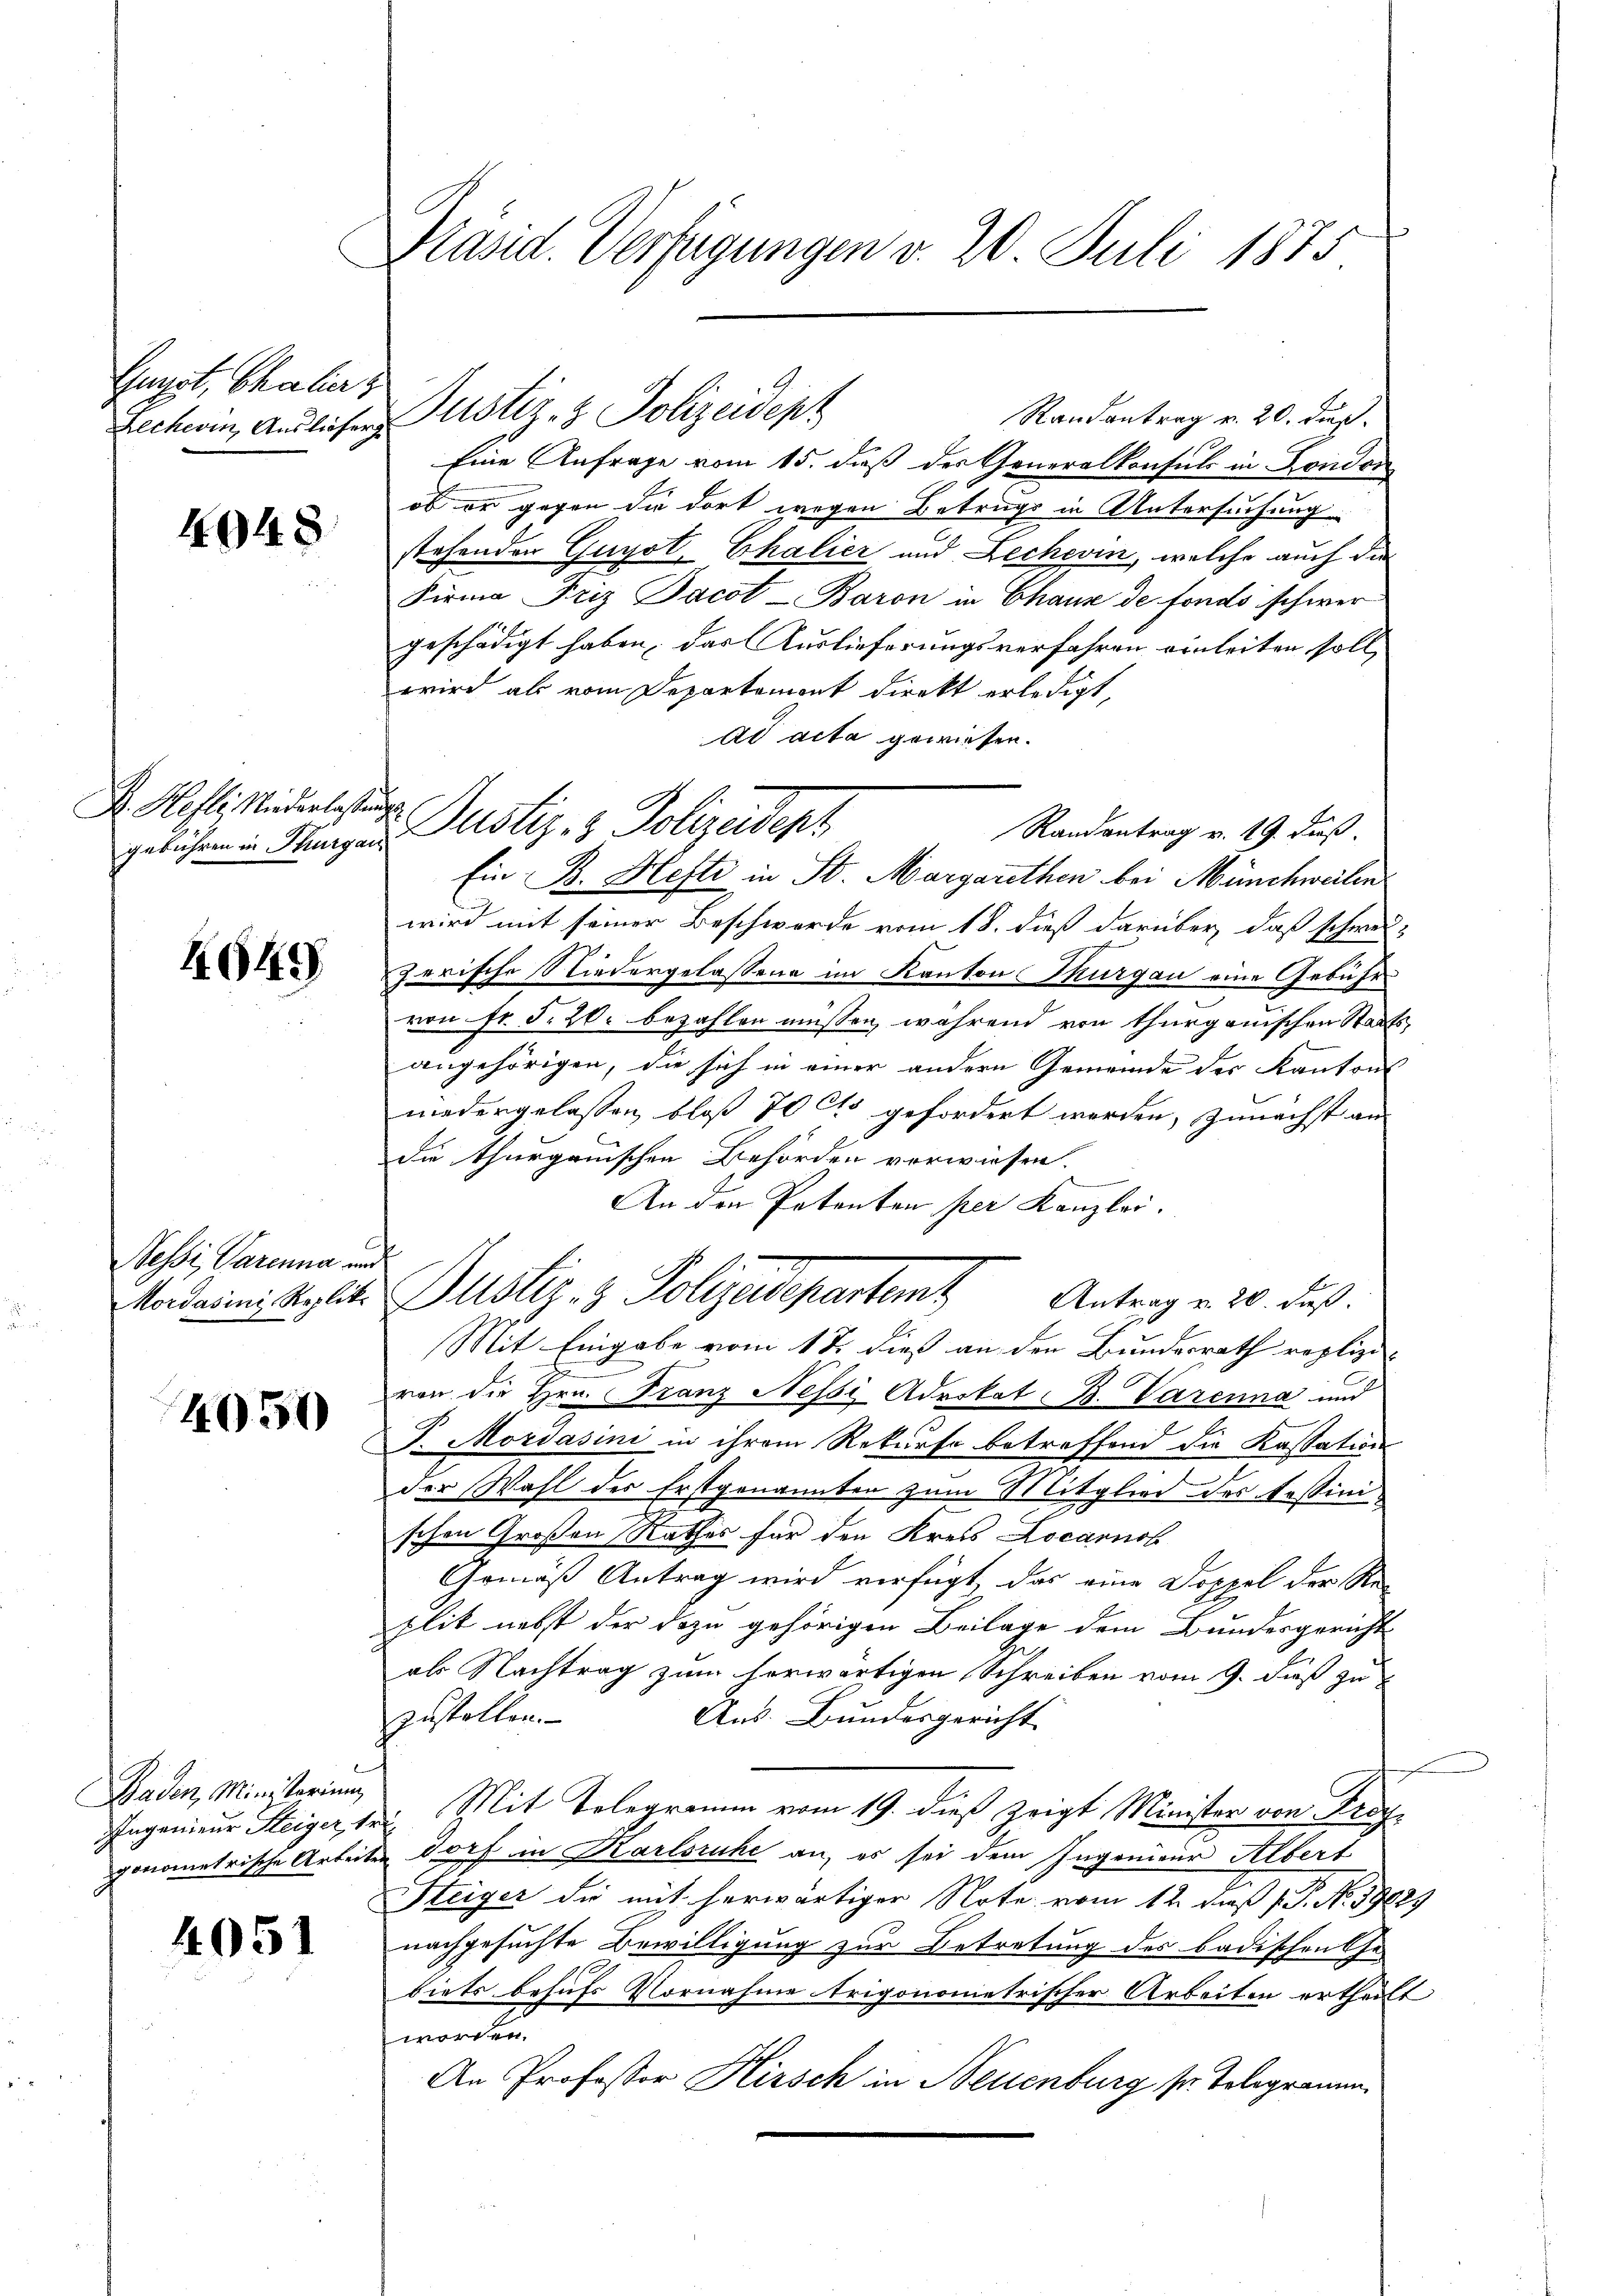
Gunst, Chalia z

4048

F. Hefli, Niederlassen
gebühren in Thurgau

464

Nessi, Parenna an
Mordasini, Replit.

4050

Baden, Ministerium
Ingenieur Steiger, 1.
gonometrische Arbei-

4051

Präsid. Verfügungen v. 20 Juli 1875

Randantrag v. 20. dieß.
Eine Anfrage vom 15. daß der Generalkonsuls in Fondon
ob er gegen die dort wegen Betrugs in Untersuchung
stehenden Guyot, Chalier und Lechevin, welche auch die
Firma Friz Jacot - Baron in Chaux de fonds schwer
geschädigt haben, das Auslieferungsverfahren einleiten soll,
wird als vom Departement direkt erledigt,
ad acta gewiesen.
Randantrag v. 19. daß
Ein B. Hefte in St. Margarethen bei Münchweilen
wird mit seiner Beschwerde vom 18. dieß darüber, daß schwei-
zerische Niedergelassen im Kantons Thurgau eine Gebühr
von Fr. S. 20. bezahlen müssen, während von thurgauischen Staatsangehörigen, die sich in einer andern Gemeinde des Kantons
niedergelassen, bloß 70 Cts gefordert werden, zunächst an
die thurgauischen Behörden vorwiesen.
An den Petenten per Kanzlei.
Justiz- & Polizedepartent Antragen 20. Fuß.
Mit Eingabe vom 12. dieß an den Bundesrath replizi-
von die Hrn. Franz Nessi Advokat B. Varenna und
J. Mordasini in ihrem Rekurse betreffend die Kassation
der Wahl der Erstgenannten zum Mitglied des Tessini
d
schen Großen Rathes für den Kreis Locarnob
Gemäß Antrag wird verfügt, das eine Doppel der Re-
plik nebst der dazu gehörigen Beilage dem Bundesgericht
als Nachtrag zum herwärtigen Schreiben vom 9. dieß zu
Aus. Bundesgericht
zustellen.
Mit Telegramm vom 19. dieß zeigt Minister von Frag
2
udorf in Karlsruhe an, es sei dem Ingenieur Albert
Steiger die mit herwärtiger Note vom 12. daß P. No. 39025
nachgesuchte Bewilligung zur Betretung des badischen Ge-
biets behufs Vornahme trigonometrischer Arbeiten ertheilt
worden.
An Professor Hirsch in Neuenburg sr. Telegramm

Rechen, Andlichen Zustiz- & Polizeidept

¬
Justiz- & Polizedepz